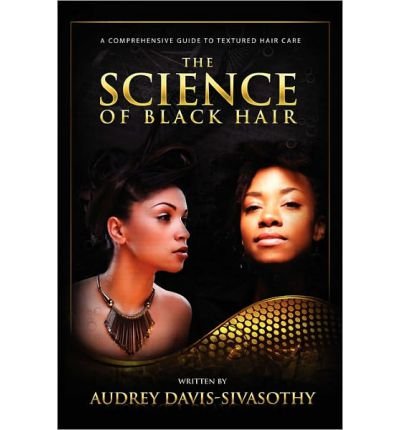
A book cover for [ THE SCIENCE OF BLACK HAIR: A COMPREHENSIVE GUIDE TO TEXTURED HAIR CARE ] By Davis-Sivasothy, Audrey ( Author) 2011 [ Hardcover ]; Audrey Davis-Sivasothy; Health, Fitness & Dieting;